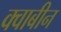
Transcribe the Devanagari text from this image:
क्वाबीन